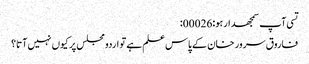
تسی آپ سمجھدار ہو:00026:
فاروق سرور خان کے پاس علم ہے تو اردو مجلس پر کیوں نہیں آتا؟